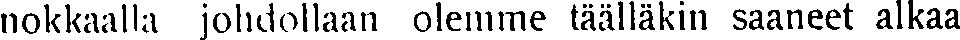
nokkaalla johdollaan olemme täälläkin saaneet alkaa